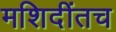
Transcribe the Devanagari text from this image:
मशिदींतच